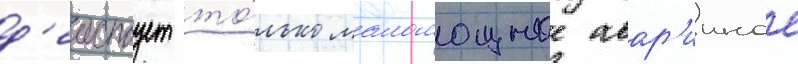
д'еиствует то́лько маломощное авар'ииное